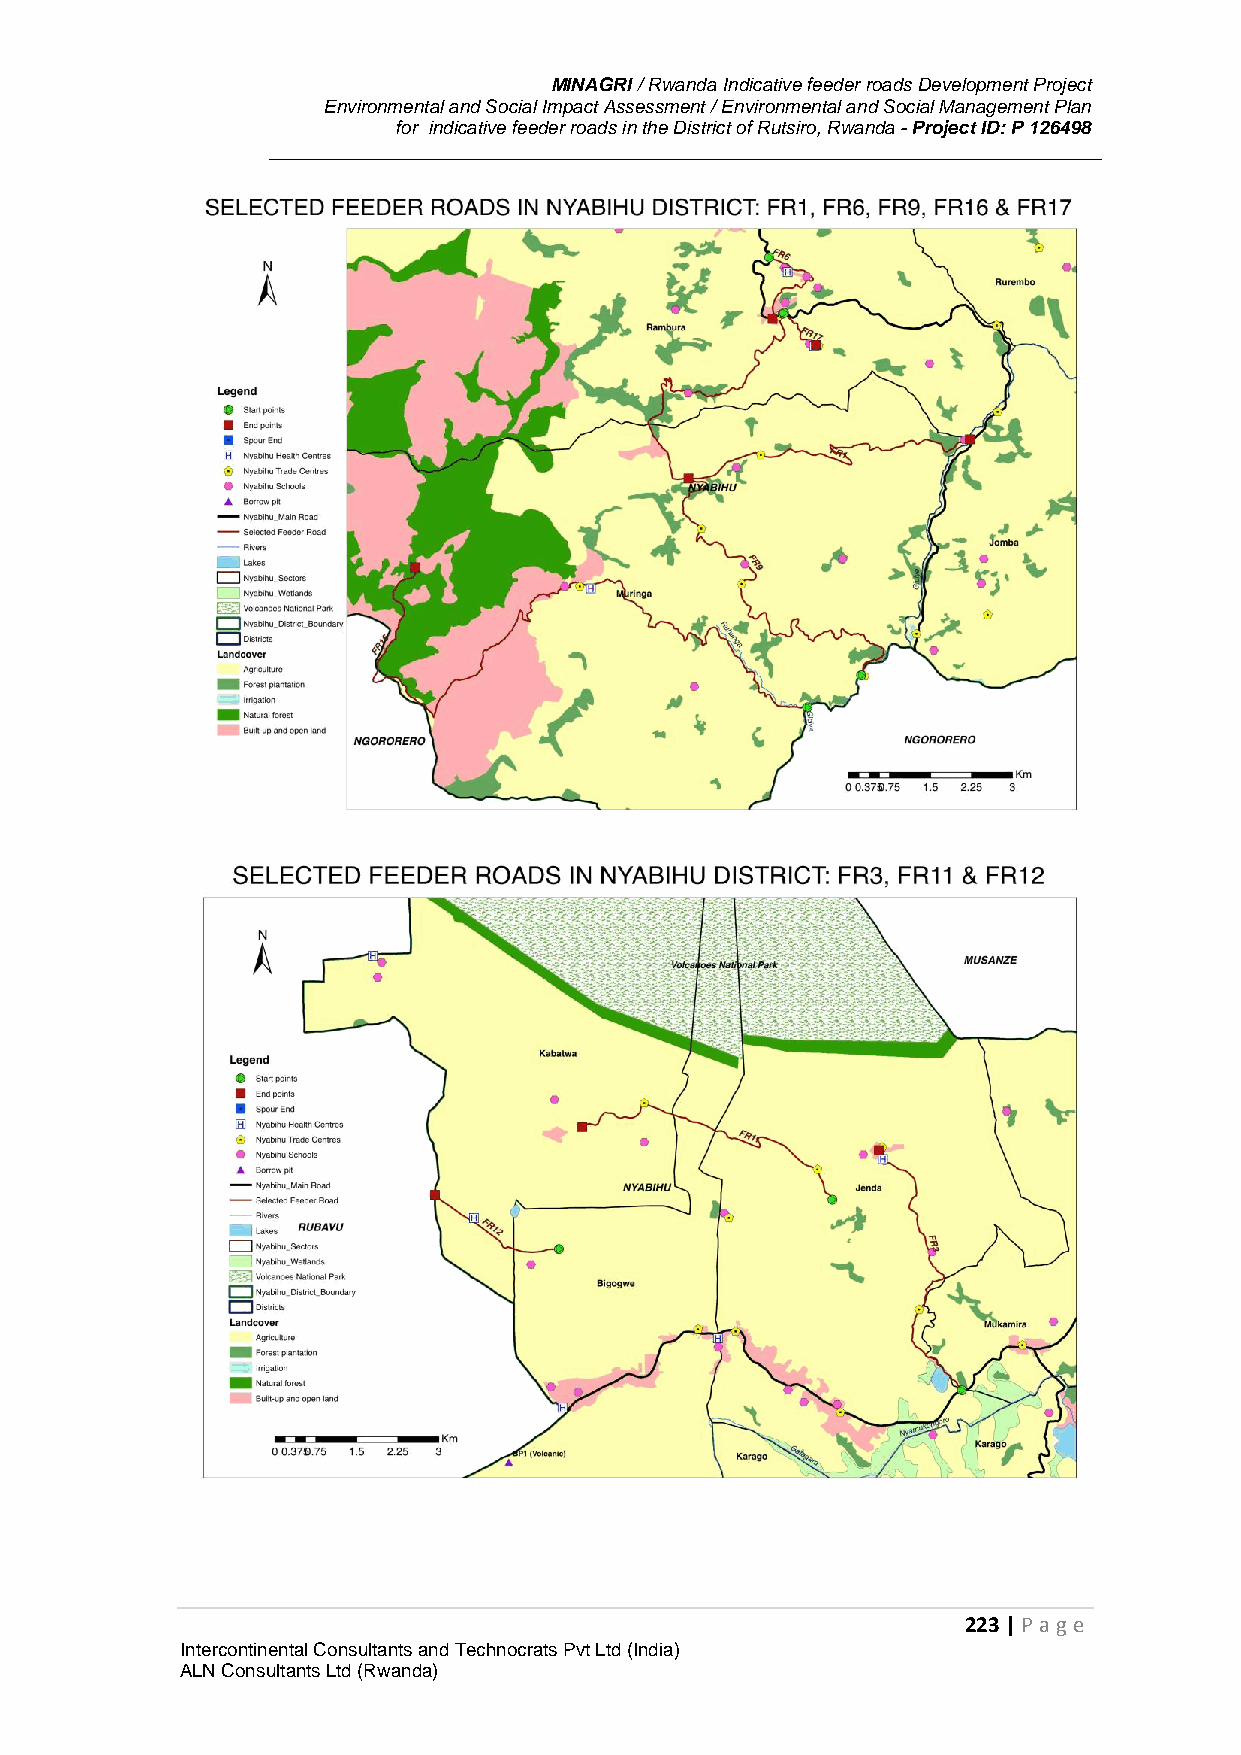
MINAGRI / Rwanda Indicative feeder roads Development Project
 Environmental and Social Impact Assessment / Environmental and Social Management Plan
 for indicative feeder roads in the District of Rutsiro, Rwanda - Project ID: P 126498
 223 | P age
 Intercontinental Consultants and Technocrats Pvt Ltd (India)
 ALN Consultants Ltd (Rwanda)